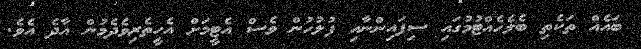
ބައެއް ތަކެތި ބެލެހެއްޓުމުގައި ސިފައިންނާއި ފުލުހުން ވެސް އެޓީމަށް އެހީތެރިވެދެމުން އާދެ އެވެ.